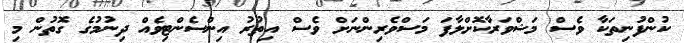
ކުންފުނިތަކާ ވެސް މަޝްވަރާކޮށްލާފަ މަސްވެރިންނަށް ވެސް އިތުރު އިންސެންޓިވެއް ދިނުމުގެ ގޮތުން މި